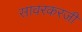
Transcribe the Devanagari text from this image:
सावरकरजी